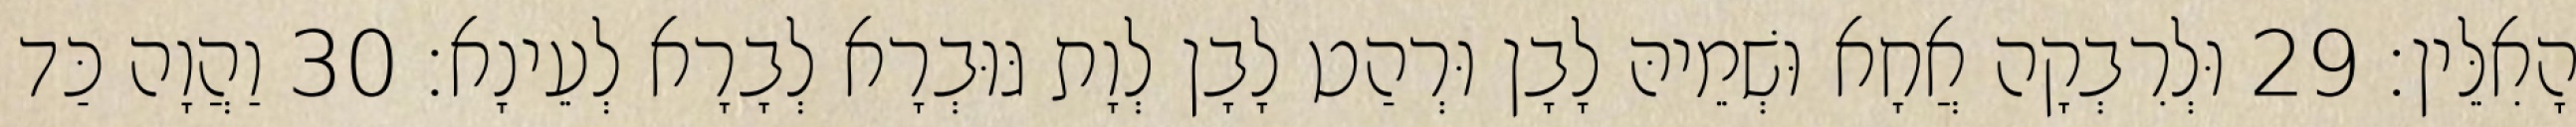
הָאִלֵּין׃ 29 וּלְרִבְקָה אֲחָא וּשְׁמֵיהּ לָבָן וּרְהַט לָבָן לְוָת גּוּבְרָא לְבָרָא לְעֵינָא׃ 30 וַהֲוָה כַּד